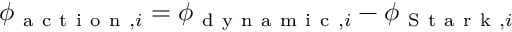
\phi _ { \mathrm { ~ a ~ c ~ t ~ i ~ o ~ n ~ } , i } = \phi _ { \mathrm { ~ d ~ y ~ n ~ a ~ m ~ i ~ c ~ } , i } - \phi _ { \mathrm { ~ S ~ t ~ a ~ r ~ k ~ } , i }